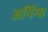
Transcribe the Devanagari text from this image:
अर्निंग्स